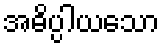
အဓိပ္ပါယသော